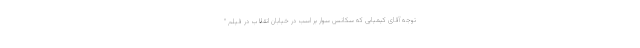
توجه آقای کیمیایی که سکانس سوار بر اسب در خیابان انقلاب در فیلم "